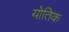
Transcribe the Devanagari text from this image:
योतिक